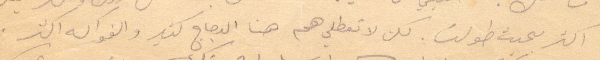
اكثر بحيث طولت. لكن لا تعكطلي هم هنا الدجاج كثير والفواكه اكثر